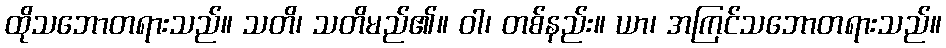
ထိုသဘောတရားသည်။ သတိ၊ သတိမည်၏။ ဝါ၊ တစ်နည်း။ ယာ၊ အကြင်သဘောတရားသည်။